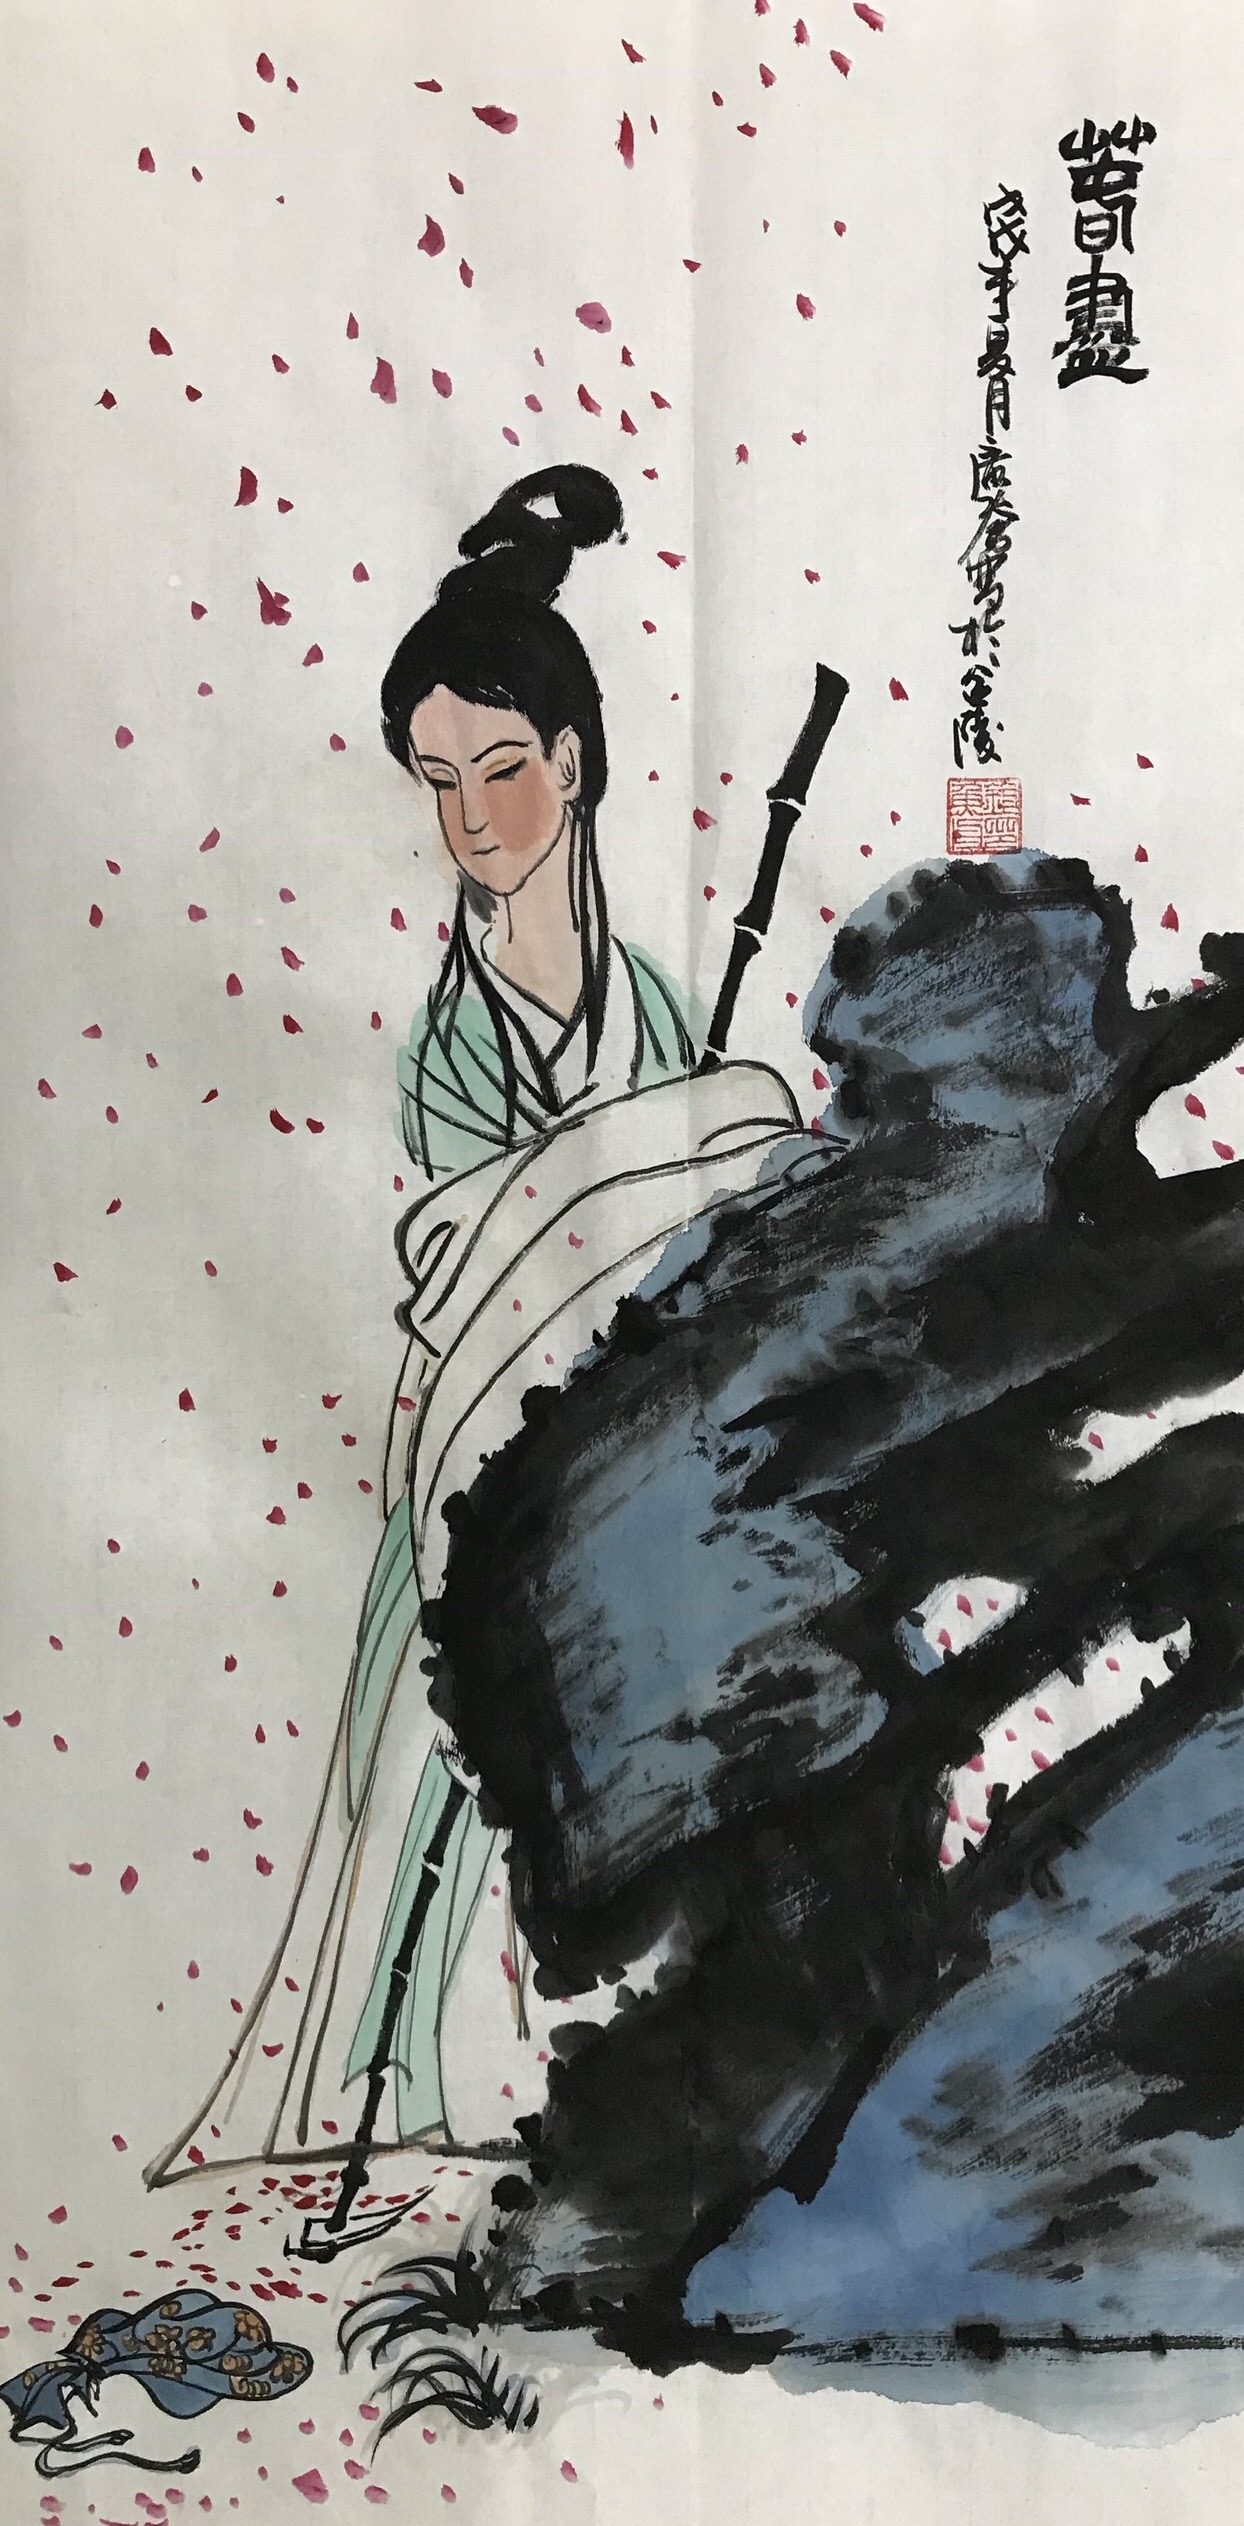
可怜赤壁争雄渡，唯有蓑翁坐钓鱼。